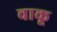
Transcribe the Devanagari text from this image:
वाकू